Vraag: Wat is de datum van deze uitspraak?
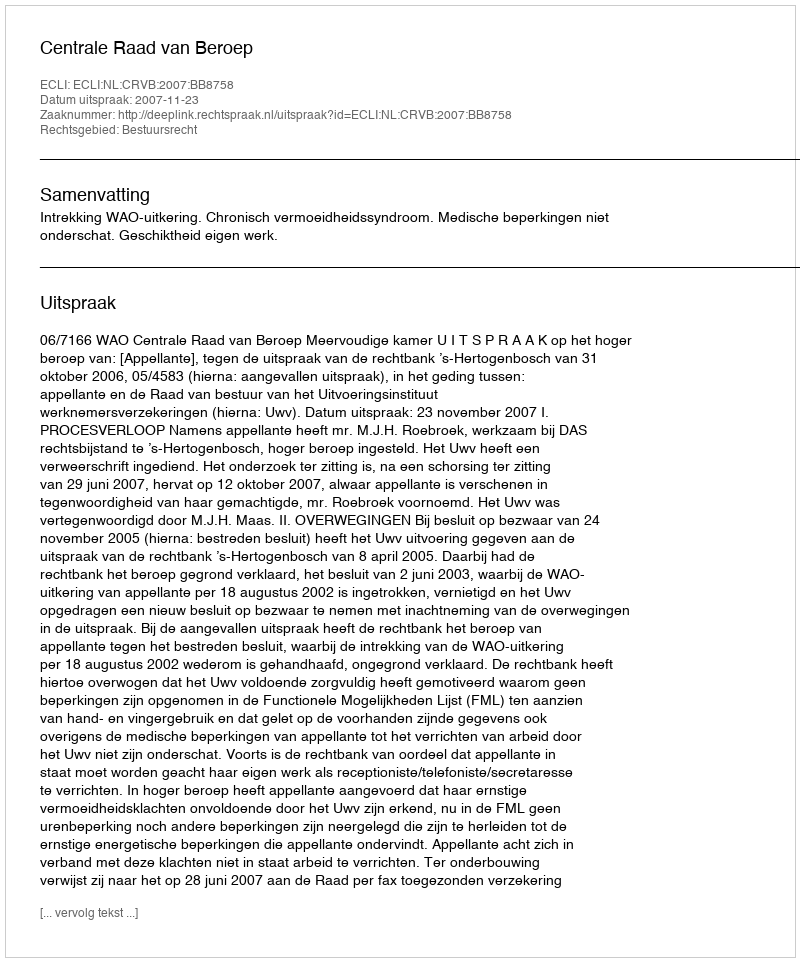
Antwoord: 2007-11-23